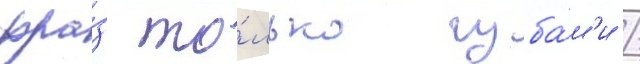
фра́з то́лько губа́м'и /